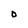
Character: 0